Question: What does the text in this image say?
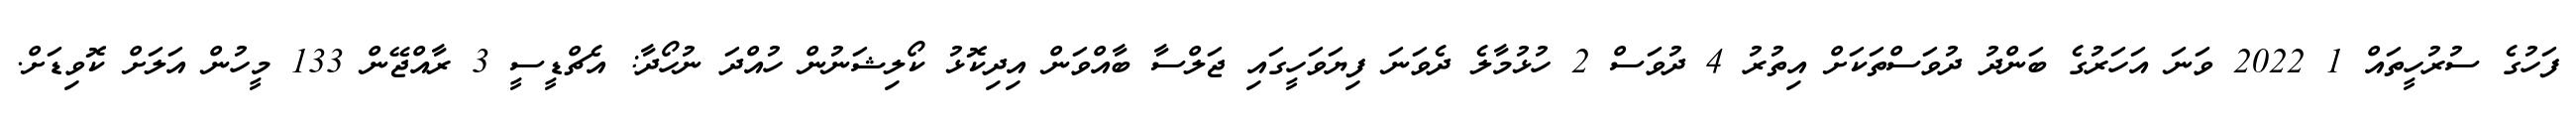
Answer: ފަހުގެ ސުރުހީތައް 1 2022 ވަނަ އަހަރުގެ ބަންދު ދުވަސްތަކަށް އިތުރު 4 ދުވަސް 2 ހުޅުމާލެ ދެވަނަ ފިޔަވަހީގައި ޖަލްސާ ބާއްވަން އިދިކޮޅު ކޯލިޝަނުން ހުއްދަ ނުހޯދާ: އެޗްޑީސީ 3 ރާއްޖޭން 133 މީހުން އަލަށް ކޮވިޑަށް.